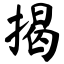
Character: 揭